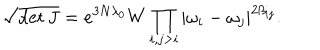
\sqrt { \det J } = e ^ { 3 N \lambda _ { 0 } } W \prod _ { i , j > i } | \omega _ { i } - \omega _ { j } | ^ { 2 \beta _ { i j } } .